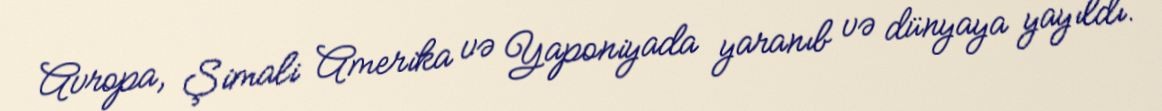
Avropa, Şimali Amerika və Yaponiyada yaranıb və dünyaya yayıldı.